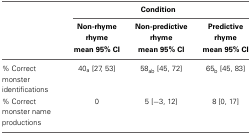
|  | <COLSPAN=3> Condition |
 |  | Non-rhyme rhyme mean 95% CI | Non-predictive rhyme mean 95% CI | Predictive rhyme mean 95% CI |
 | --- | --- | --- | --- |
 | % Correct monster identifications | 40a [27, 53] | 58ab [45, 72] | 65b [45, 83] |
 | % Correct monster name productions | 0 | 5 [−3, 12] | 8 [0, 17] |